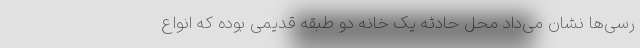
رسی‌ها نشان می‌داد محل حادثه یک خانه دو طبقه قدیمی بوده که انواع